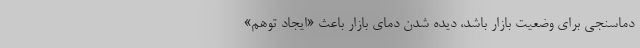
دماسنجی برای وضعیت بازار باشد، دیده شدن دمای بازار باعث «ایجاد توهم»